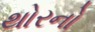
થોરનો